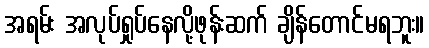
အရမ်း အလုပ်ရှုပ်နေလို့ဖုန်းဆက် ချိန်တောင်မရဘူး။